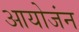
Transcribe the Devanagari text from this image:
आयोजंन